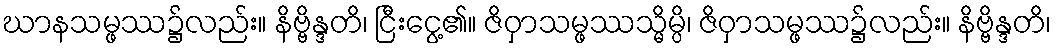
ဃာနသမ္ဖဿ၌လည်း။ နိဗ္ဗိန္ဒတိ၊ ငြီးငွေ့၏။ ဇိဝှာသမ္ဖဿသ္မိမ္ပိ၊ ဇိဝှာသမ္ဖဿ၌လည်း။ နိဗ္ဗိန္ဒတိ၊